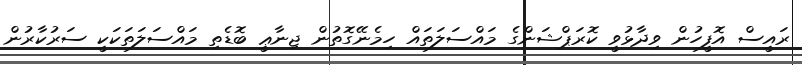
ރައީސް އޮފީހުން ވިދާޅުވީ ކޮރަޕްޝަންގެ މައްސަލަތައް ހިމެނޭގޮތުން ޖިނާޢީ ބޮޑެތި މައްސަލަތަކަކީ ސަރުކާރުން